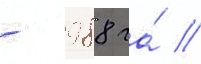
- 988 га́ //